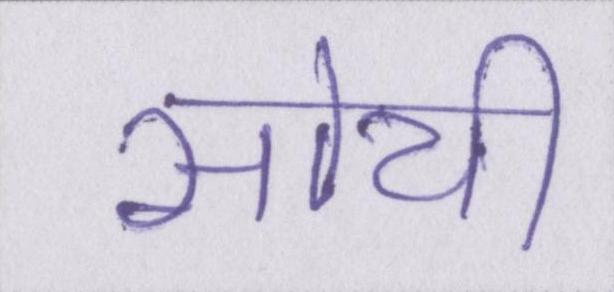
सोयी